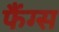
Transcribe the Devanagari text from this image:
फैंग्स